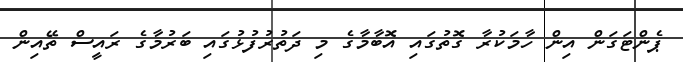
ޕެންޓަގަން އިން ހާމަކުރާ ގޮތުގައި އޮބާމާގެ މި ދަތުރުފުޅުގައި ބަރުމާގެ ރައީސް ތޭއިން